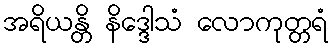
အရိယန္တိ နိဒ္ဒေါသံ လောကုတ္တရံ